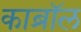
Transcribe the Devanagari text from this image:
काब्रॉल